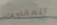
المقذوفات